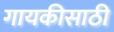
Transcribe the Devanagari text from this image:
गायकीसाठी